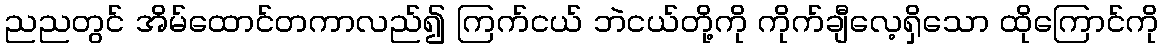
ညညတွင် အိမ်ထောင်တကာလည်၍ ကြက်ငယ် ဘဲငယ်တို့ကို ကိုက်ချီလေ့ရှိသော ထိုကြောင်ကို